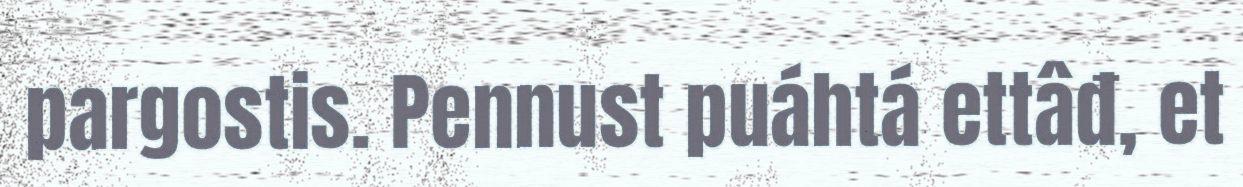
pargostis. Pennust puáhtá ettâđ, et